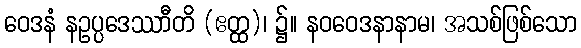
ဝေဒနံ နဥပ္ပဒေဿာီတိ (ဧတ္ထ)၊ ၌။ နဝဝေဒနာနာမ၊ အသစ်ဖြစ်သော